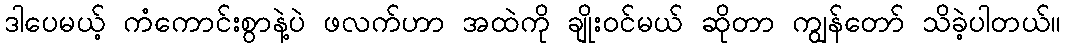
ဒါပေမယ့် ကံကောင်းစွာနဲ့ပဲ ဖလက်ဟာ အထဲကို ချိုးဝင်မယ် ဆိုတာ ကျွန်တော် သိခဲ့ပါတယ်။